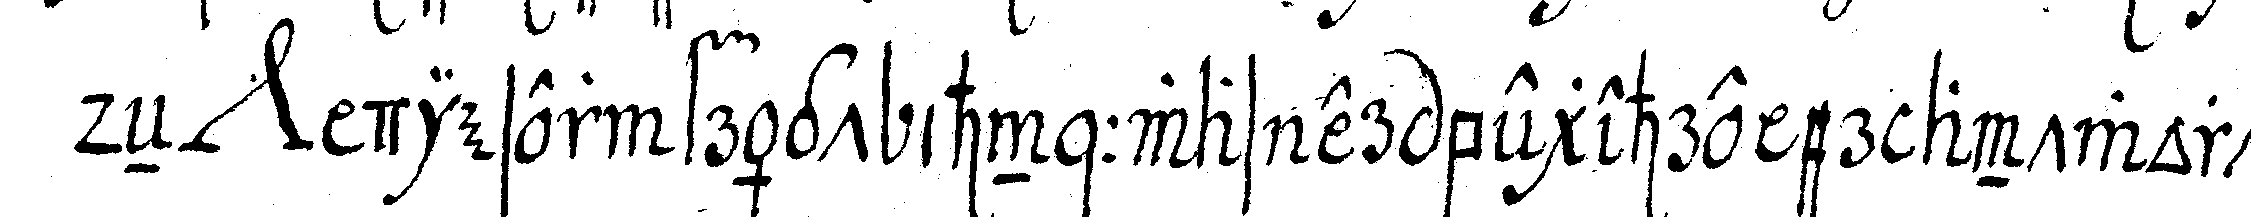
deN *nee* dieser frägt ihn : was er begehre er antwortet